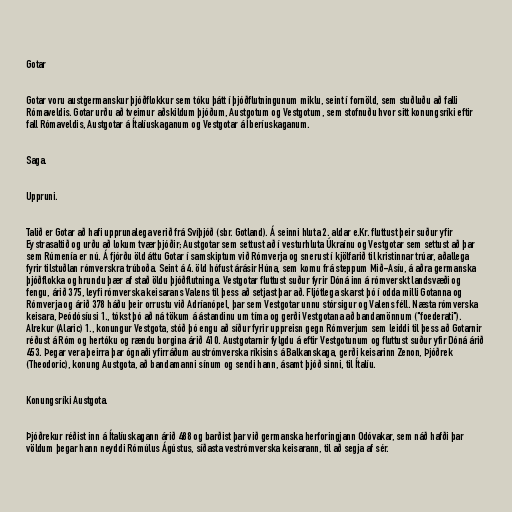
Gotar

Gotar voru austgermanskur þjóðflokkur sem tóku þátt í þjóðflutningunum miklu, seint í fornöld, sem stuðluðu að falli
Rómaveldis. Gotar urðu að tveimur aðskildum þjóðum, Austgotum og Vestgotum, sem stofnuðu hvor sitt konungsríki eftir
fall Rómaveldis, Austgotar á Ítalíuskaganum og Vestgotar á Íberíuskaganum.

Saga.

Uppruni.

Talið er Gotar að hafi upprunalega verið frá Svíþjóð (sbr. Gotland). Á seinni hluta 2. aldar e.Kr. fluttust þeir suður yfir
Eystrasaltið og urðu að lokum tvær þjóðir; Austgotar sem settust að í vesturhluta Úkraínu og Vestgotar sem settust að þar
sem Rúmenía er nú. Á fjórðu öld áttu Gotar í samskiptum við Rómverja og snerust í kjölfarið til kristinnar trúar, aðallega
fyrir tilstuðlan rómverskra trúboða. Seint á 4. öld hófust árásir Húna, sem komu frá steppum Mið-Asíu, á aðra germanska
þjóðflokka og hrundu þær af stað öldu þjóðflutninga. Vestgotar fluttust suður fyrir Dóná inn á rómverskt landsvæði og
fengu, árið 375, leyfi rómverska keisarans Valens til þess að setjast þar að. Fljótlega skarst þó í odda milli Gotanna og
Rómverja og árið 378 háðu þeir orrustu við Adríanópel, þar sem Vestgotar unnu stórsigur og Valens féll. Næsta rómverska
keisara, Þeódósíusi 1., tókst þó að ná tökum á ástandinu um tíma og gerði Vestgotana að bandamönnum ("foederati").
Alrekur (Alaric) 1., konungur Vestgota, stóð þó engu að síður fyrir uppreisn gegn Rómverjum sem leiddi til þess að Gotarnir
réðust á Róm og hertóku og rændu borgina árið 410. Austgotarnir fylgdu á eftir Vestgotunum og fluttust suður yfir Dóná árið
453. Þegar vera þeirra þar ógnaði yfirráðum austrómverska ríkisins á Balkanskaga, gerði keisarinn Zenon, Þjóðrek
(Theodoric), konung Austgota, að bandamanni sínum og sendi hann, ásamt þjóð sinni, til Ítalíu.

Konungsríki Austgota.

Þjóðrekur réðist inn á Ítalíuskagann árið 488 og barðist þar við germanska herforingjann Odóvakar, sem náð hafði þar
völdum þegar hann neyddi Rómúlus Ágústus, síðasta vestrómverska keisarann, til að segja af sér.